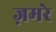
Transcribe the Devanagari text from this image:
ज़मरे